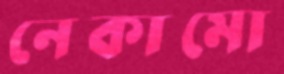
নেকামো